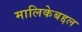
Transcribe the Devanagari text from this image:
मालिकेबद्दल